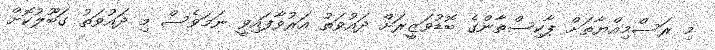
މި ރަސްމިއްޔާތަށް ޕާކިސްތާންގެ ބޮޑުވަޒީރަށް ދައުވަތު އަރުވާފައިވީ ނަމަވެސް މި ދައުވަތު ގަބޫލުކޮށް